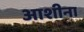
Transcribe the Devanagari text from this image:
आशीना